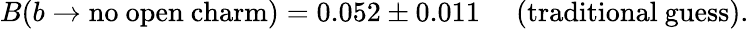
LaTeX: B(b\to\mathrm{no~open~charm})=0.052\pm 0.011\; \quad\mathrm{(traditional~guess)}.